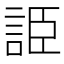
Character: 𧧰